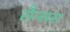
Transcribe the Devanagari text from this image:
सैन्सस